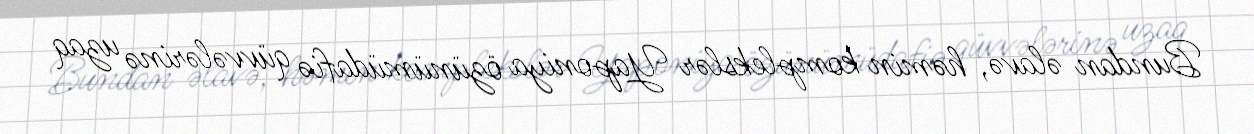
Bundan əlavə, həmin komplekslər Yaponiya özünümüdafiə qüvvələrinə uzaq